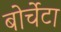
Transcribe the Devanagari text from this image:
बोर्चेटा